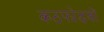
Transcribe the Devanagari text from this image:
कठफोड़वों